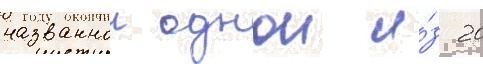
названнои однои и́з 20